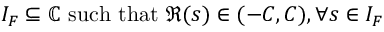
I _ { F } \subseteq \mathbb { C } \ { \mathrm { s u c h ~ t h a t } } \ \Re ( s ) \in ( - C , C ) , \forall s \in I _ { F }